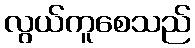
လွယ်ကူစေသည်